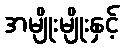
အမျိုးမျိုးနှင့်